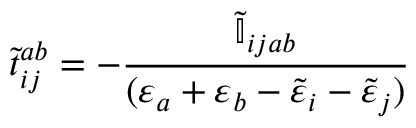
\tilde { t } _ { i j } ^ { a b } = - \frac { \tilde { \mathbb { I } } _ { i j a b } } { ( \varepsilon _ { a } + \varepsilon _ { b } - \tilde { \varepsilon } _ { i } - \tilde { \varepsilon } _ { j } ) }